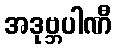
အဒုဗ္ဘပါဏီ